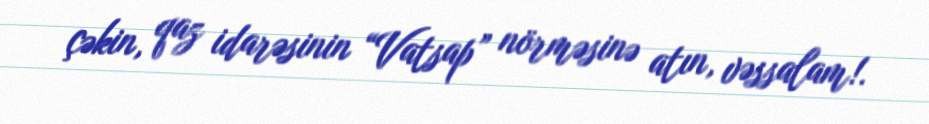
çəkin, qaz idarəsinin “Vatsap” nörməsinə atın, vəssalam!.